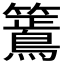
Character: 𮆶